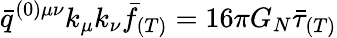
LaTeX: \bar{q}^{(0)\mu\nu}k_{\mu}k_{\nu}\bar{f}_{(T)}=16\pi G_{N}\bar{\tau}_{(T)}